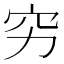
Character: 穷